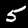
Label: 5